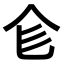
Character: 𠆹